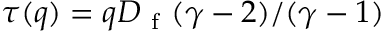
\tau ( q ) = q D _ { \mathrm { ~ f ~ } } ( \gamma - 2 ) / ( \gamma - 1 )